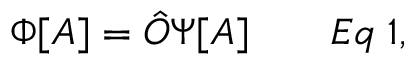
\Phi [ A ] = { \hat { O } } \Psi [ A ] \qquad E q \; 1 ,